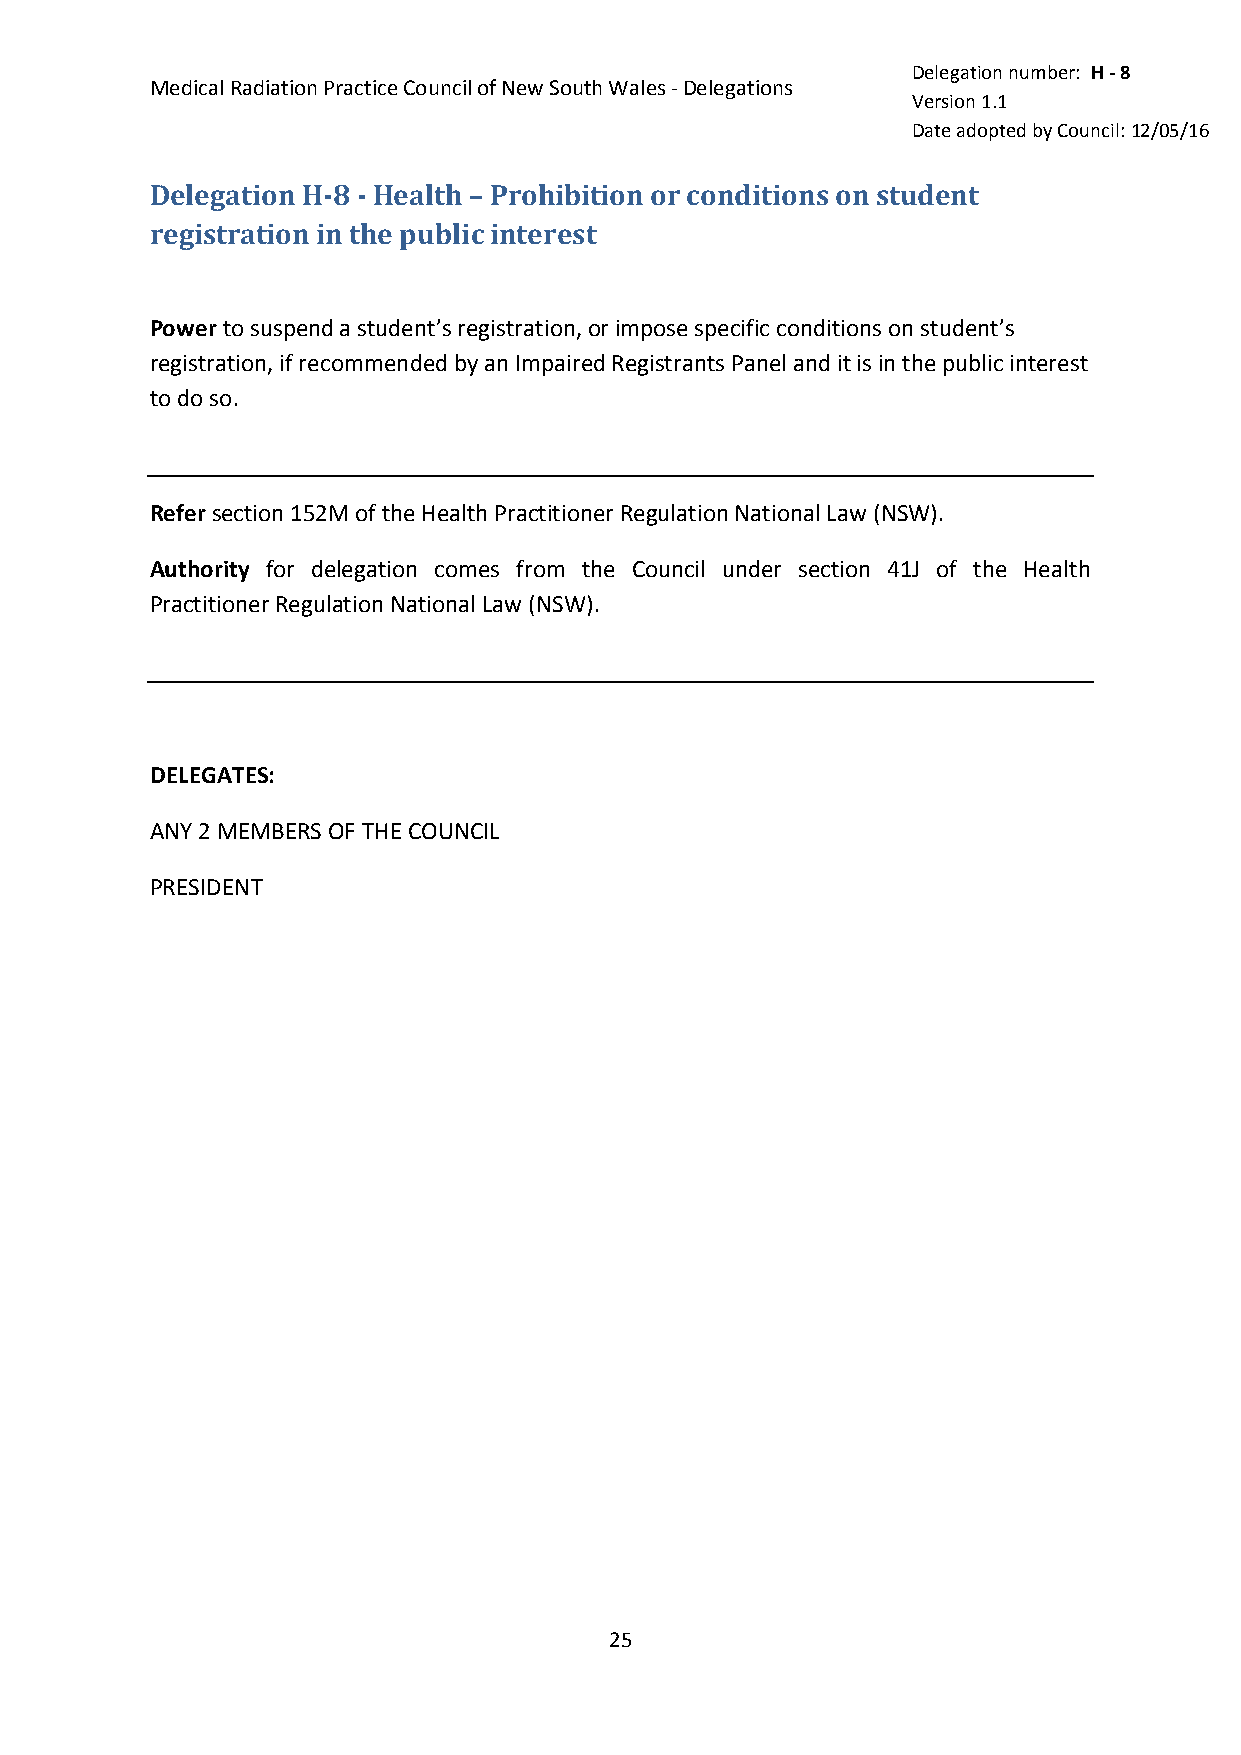
Delegation number: H - 8
 Medical Radiation Practice Council of New South Wales - Delegations
 Version 1.1
 Date adopted by Council: 12/05/16
 Delegation H-8 - Health – Prohibition or conditions on student
 registration in the public interest
 Power to suspend a student’s registration, or impose specific conditions on student’s
 registration, if recommended by an Impaired Registrants Panel and it is in the public interest
 to do so.
 Refer section 152M of the Health Practitioner Regulation National Law (NSW).
 Authority for delegation comes from the Council under section 41J of the Health
 Practitioner Regulation National Law (NSW).
 DELEGATES:
 ANY 2 MEMBERS OF THE COUNCIL
 PRESIDENT
 25